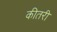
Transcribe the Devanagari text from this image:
कीतरी